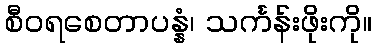
စီဝရစေတာပန္နံ၊ သင်္ကန်းဖိုးကို။